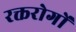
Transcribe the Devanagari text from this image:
रक्तरोगों